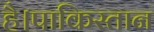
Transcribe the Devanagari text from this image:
है।पाकिस्तान